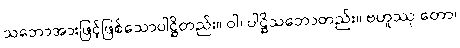
သဘောအားဖြင့်ဖြစ်သောပါဋ္ဌိတည်း။ ဝါ၊ ပါဋ္ဌိသဘောတည်း။ ဗဟူဿု တော၊